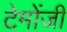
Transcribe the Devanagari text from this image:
टेमोंजी